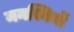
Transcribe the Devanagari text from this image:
मनस्वियों